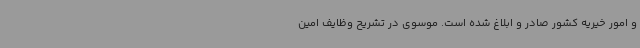
و امور خیریه کشور صادر و ابلاغ شده است. موسوی در تشریح وظایف امین